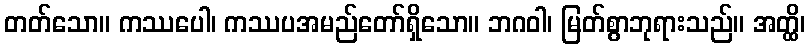
တတ်သော။ ကဿပေါ၊ ကဿပအမည်တော်ရှိသော။ ဘဂဝါ၊ မြတ်စွာဘုရားသည်။ အတ္ထိ၊